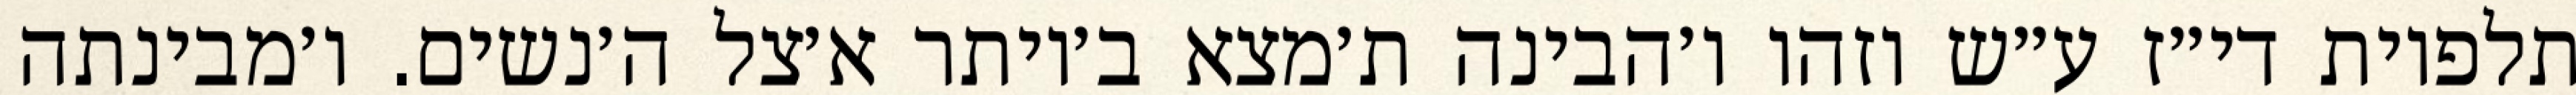
תלפיות די״ז ע״ש וזהו ו׳הבינה ת׳מצא ב׳יותר א׳צל ה׳נשים. ו׳מבינתה